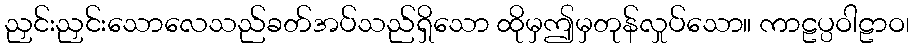
ညှင်းညှင်းသောလေသည်ခတ်အပ်သည်ရှိသော ထိုမှဤမှတုန်လှုပ်သော။ ကာဠပ္ပဝါဠာဝ၊